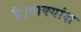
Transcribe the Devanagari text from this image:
है।वाक्यांश